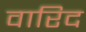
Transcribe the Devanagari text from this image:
वारिद